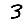
Digit: 3